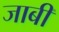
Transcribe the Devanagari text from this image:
जाबी